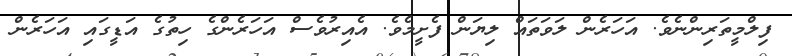
ފިލްމީތަރިންނެވެ. އަހަރެން ލަވަތައް ލިޔަން ފެށީމެވެ. އެއިރުވެސް އަަހަރެންގެ ހިތުގެ އަޑީގައި އަހަރެން